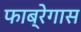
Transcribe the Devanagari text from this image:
फाब्रेगास